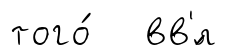
того́ вв'́л